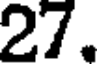
27.